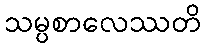
သမ္ပစာလေဿတိ